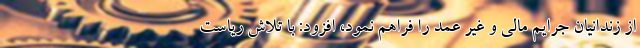
از زندانیان جرایم مالی و غیر عمد را فراهم نمود، افزود: با تلاش ریاست